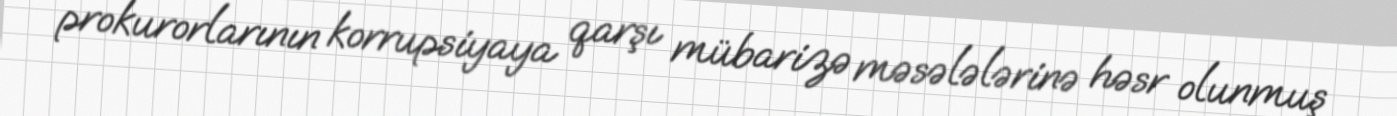
prokurorlarının korrupsiyaya qarşı mübarizə məsələlərinə həsr olunmuş